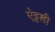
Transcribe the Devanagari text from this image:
ऐट्टली